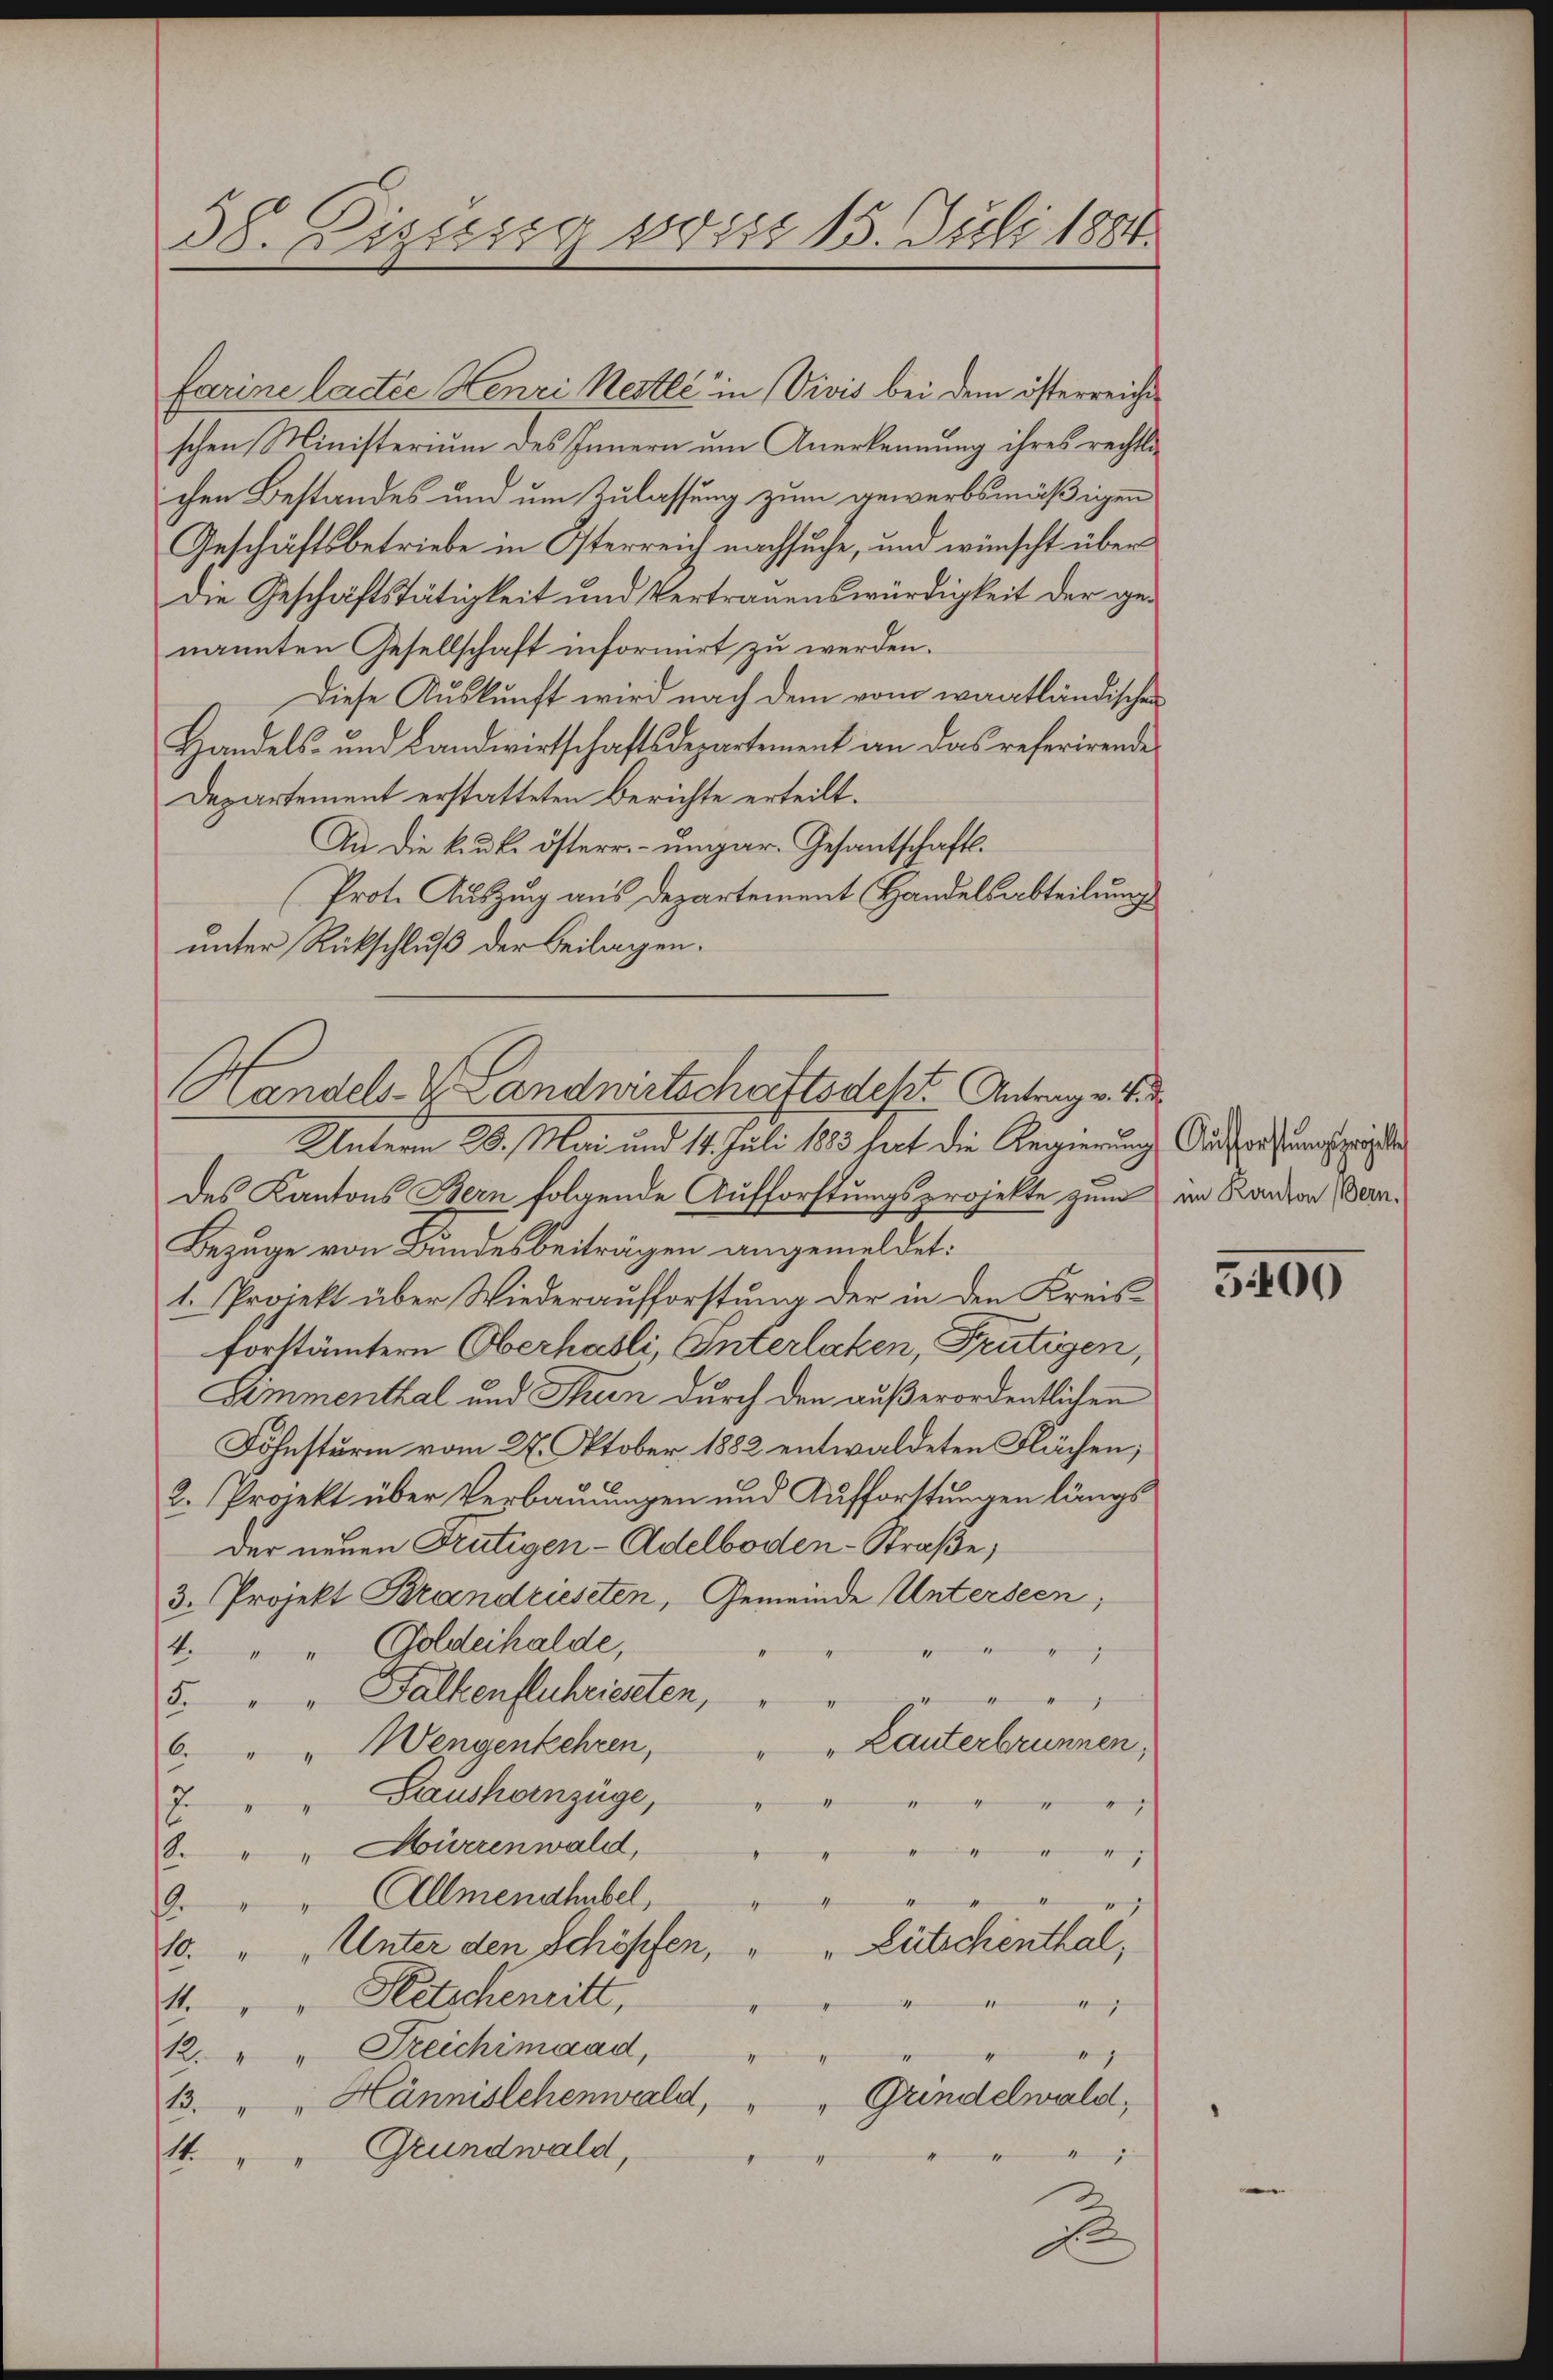
38. Zizusig wiss 15. Juli 1884.

farine lactes Henri Nestle in Vivis bei dem österreiche
schen Ministerium des Innern um Anerkennung ihres rechtlichen Bestandes und um Zulassung zum gewerbsmäßigen
Geschäftsbetriebe in Österreich nachsuche, und wünscht über
Die Geschäftstätigkeit und Vertrauenswürdigkeit der genannten Gesellschaft informirt zu werden.
Diese Auskunft wird nach dem vom wantländischen
Handels- und Landwirtschaftsdepartement an das referirende
Departement erstatteten Berichte erteilt.
An die k.k. österr. ungar. Gesantschafts¬
Prot. Auszug aus Departement Handelsabteilung
unter Rückschluß der Beilagen.
Unterm 20. Mai und 14. Juli 183 hart die Regierung Ausforstungszeigten
des Kantons Bern folgende Aufforstungsprojekte zum im Kanton an¬
Bezuge von Bundesbeiträgen angemeldet:
1. Projekt über Wiederaufforstung der in den Kreisforstämtern Oberhasli, Interlaken, Frutigen,
Simmenthal und Strien durch den außerordentlichen
Föhnsturm vom 27. Oktober 1882 entwaldeten Flächen;
2. Projekt über Verbauungen und Aufforstungen längs
der neuen Frutigen- Adelboden-Straße;
3. Projekt Brandrieseten, Gemeinde Unterseen,
4. " " Goldeihalde,
ge
5. " " Falkenfluhrichten,
"
6. " " Wengenkehren, " " Lanterbrunnen,
7. Saushanzüge, " "
)
1
8. " " Mürrenwald,
1
" " Allmendhubel,
16.

10. " "Unter den Schöpfen, " " Lütschenthal,
4. " " Kletschenritt,
v
12. " " Treichimaad,
4
zu den
" Grindelwald,
13. " " Hännislehenwald,
1t. " " Grundwald,
1
2

Handels- & Landwirtschrittsdekt Antrage

3400